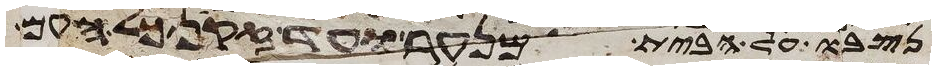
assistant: נסבו על הבית מנער ועד זקן כל העם